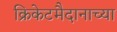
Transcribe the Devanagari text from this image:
क्रिकेटमैदानाच्या